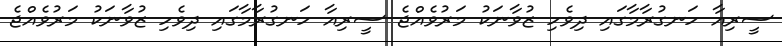
ސީރިއާ ހަނގުރާމާގައި ދިވެހި ޒުވާނަކު މަރުވެއްޖެ ސީރިއާ ހަނގުރާމާގައި ދިވެހި ޒުވާނަކު މަރުވެއްޖެ